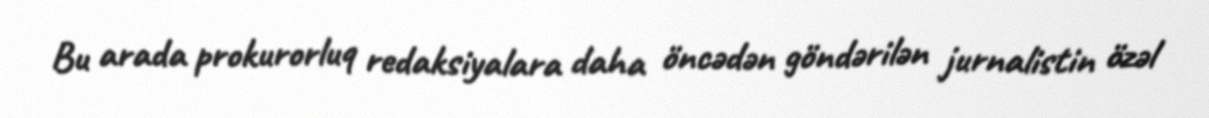
Bu arada prokurorluq redaksiyalara daha öncədən göndərilən jurnalistin özəl